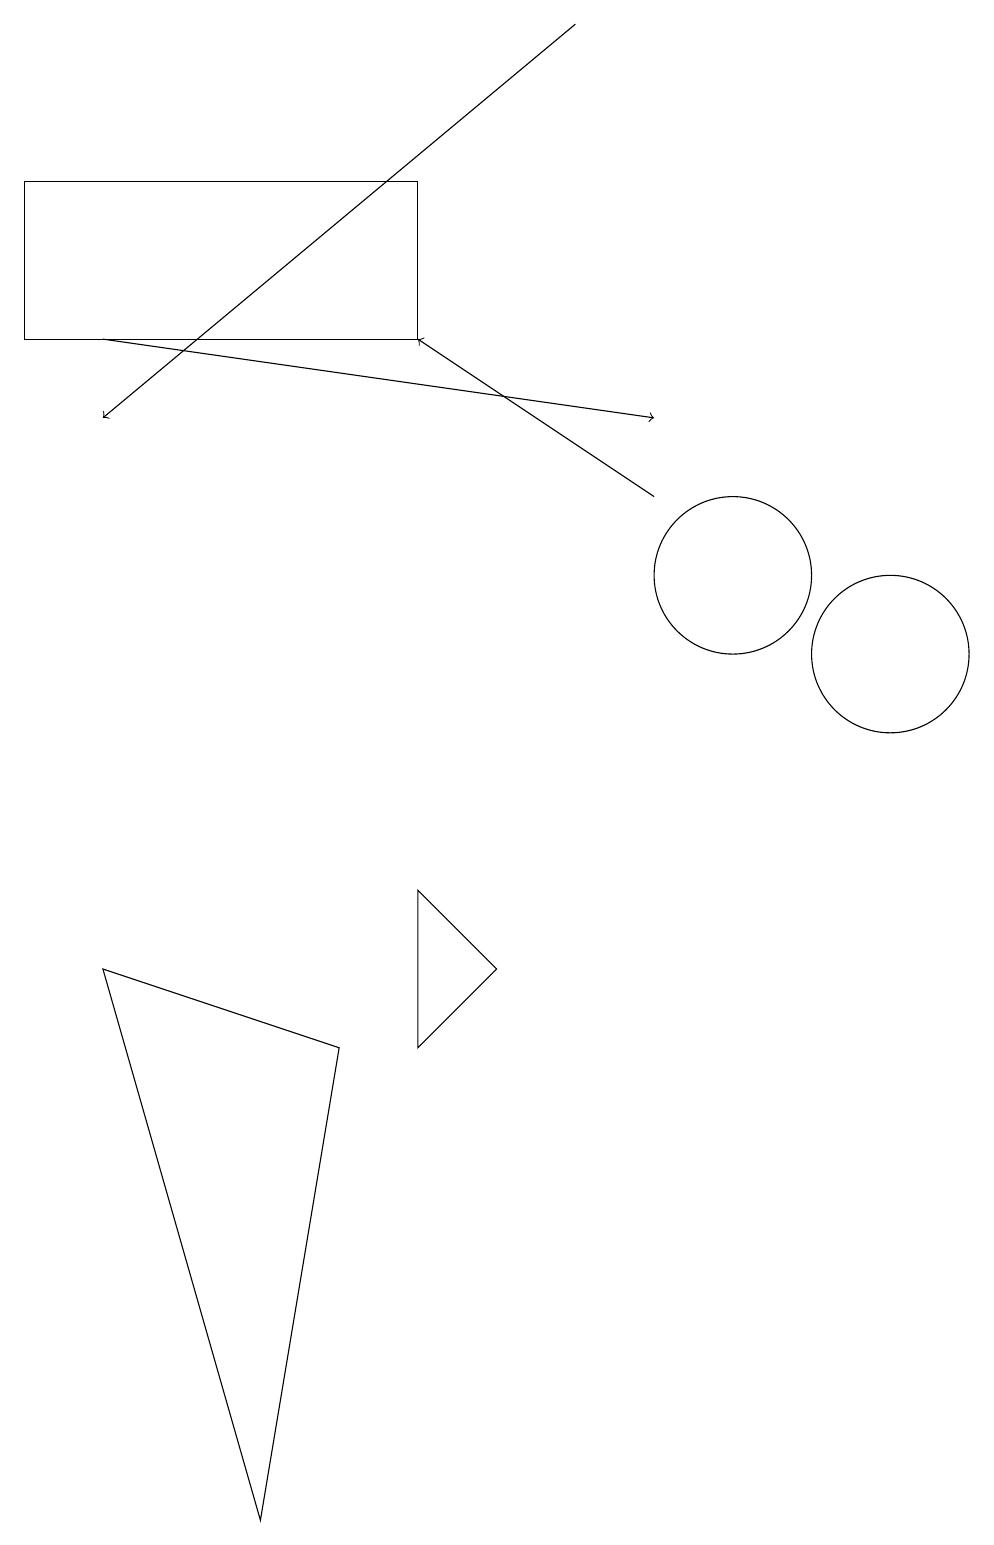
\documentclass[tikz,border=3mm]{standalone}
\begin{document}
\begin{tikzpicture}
\draw (4,0) -- (5,6) -- (2,7) -- cycle;
\draw (7,7) -- (6,6) -- (6,8) -- cycle;
\draw[->] (2,15) -- (9,14);
\draw (10,12) circle (1);
\draw[->] (8,19) -- (2,14);
\draw (6,15) rectangle (1,17);
\draw[->] (9,13) -- (6,15);
\draw (12,11) circle (1);
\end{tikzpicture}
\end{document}